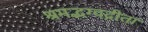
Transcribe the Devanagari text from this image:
श्रमद्भग्वद्गीता